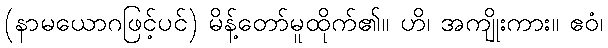
(နာမယောဂဖြင့်ပင်) မိန့်တော်မူထိုက်၏။ ဟိ၊ အကျိုးကား။ ဧဝံ၊